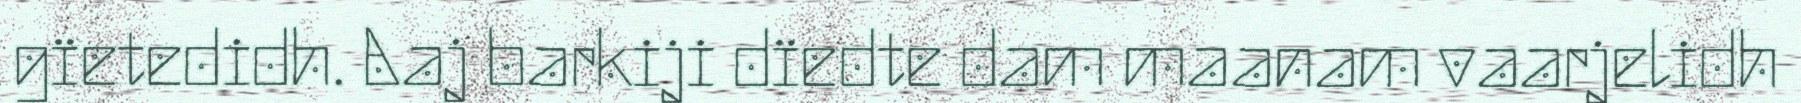
gïetedidh. Aaj barkiji dïedte dam maanam vaarjelidh